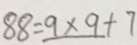
8 8 = 9 \times 9 + 7